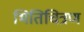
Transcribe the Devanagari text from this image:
भितिचित्रण